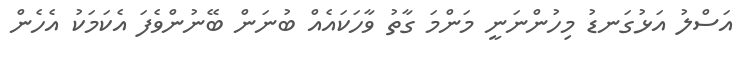
އަސްލު އަޅުގަނޑު މިހުންނަނީ މަންމަ ގާތު ވާހަކައެއް ބުނަން ބޭނުންވެފަ އެކަމަކު އެހެން